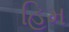
હિમ